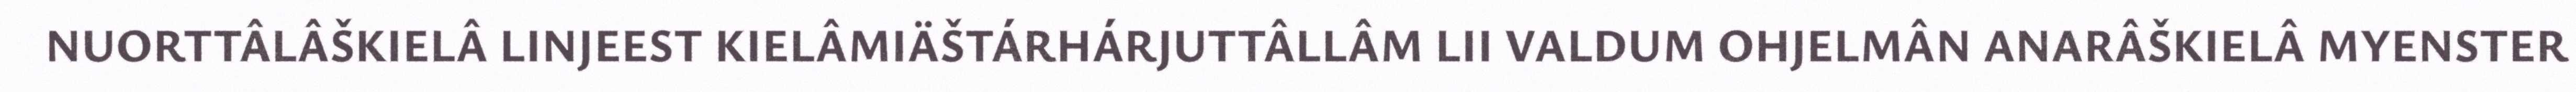
NUORTTÂLÂŠKIELÂ LINJEEST KIELÂMIÄŠTÁRHÁRJUTTÂLLÂM LII VALDUM OHJELMÂN ANARÂŠKIELÂ MYENSTER